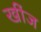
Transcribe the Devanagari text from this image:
खींज